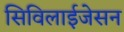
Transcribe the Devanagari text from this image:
सिविलाईजेसन